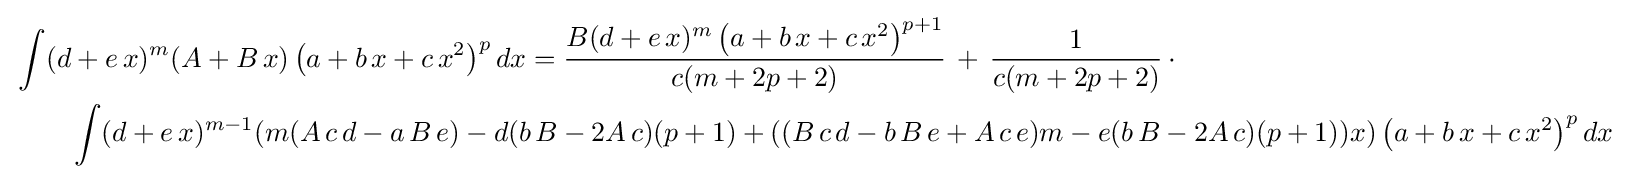
{\begin{aligned}&\int (d+e\,x)^{m}(A+B\,x)\left(a+b\,x+c\,x^{2}\right)^{p}dx={\frac {B(d+e\,x)^{m}\left(a+b\,x+c\,x^{2}\right)^{p+1}}{c(m+2p+2)}}\,+\,{\frac {1}{c(m+2p+2)}}\,\cdot \\&\qquad \int (d+e\,x)^{m-1}(m(A\,c\,d-a\,B\,e)-d(b\,B-2A\,c)(p+1)+((B\,c\,d-b\,B\,e+A\,c\,e)m-e(b\,B-2A\,c)(p+1))x)\left(a+b\,x+c\,x^{2}\right)^{p}dx\end{aligned}}